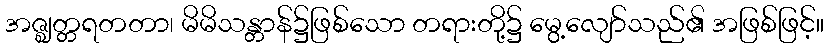
အဇ္ဈတ္တရတတာ၊ မိမိသန္တာန်၌ဖြစ်သော တရားတို့၌ မွေ့လျော်သည်၏ အဖြစ်ဖြင့်။